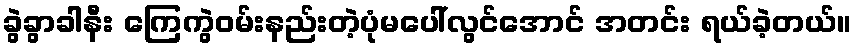
ခွဲခွာခါနီး ကြေကွဲဝမ်းနည်းတဲ့ပုံမပေါ်လွင်အောင် အတင်း ရယ်ခဲ့တယ်။